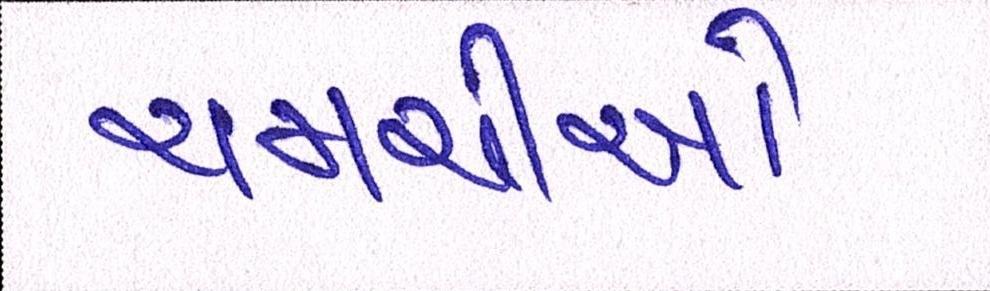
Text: ચમચીઓ